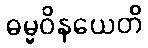
ဓမ္မဝိနယေတိ